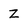
Character: z